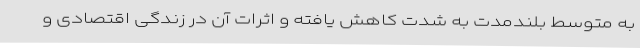
به متوسط بلندمدت به شدت کاهش یافته و اثرات آن در زندگی اقتصادی و